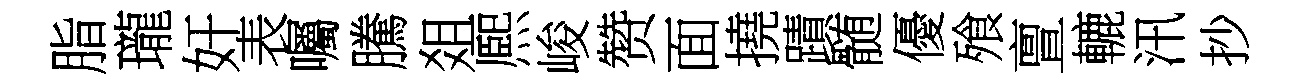
脂瓏奸表囑騰爼熈峻赞面撓蹟髄優飱亶轆汛抄